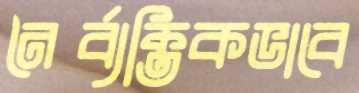
নৈর্ব্যক্তিকভাবে